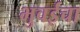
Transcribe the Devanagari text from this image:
भुवईचा